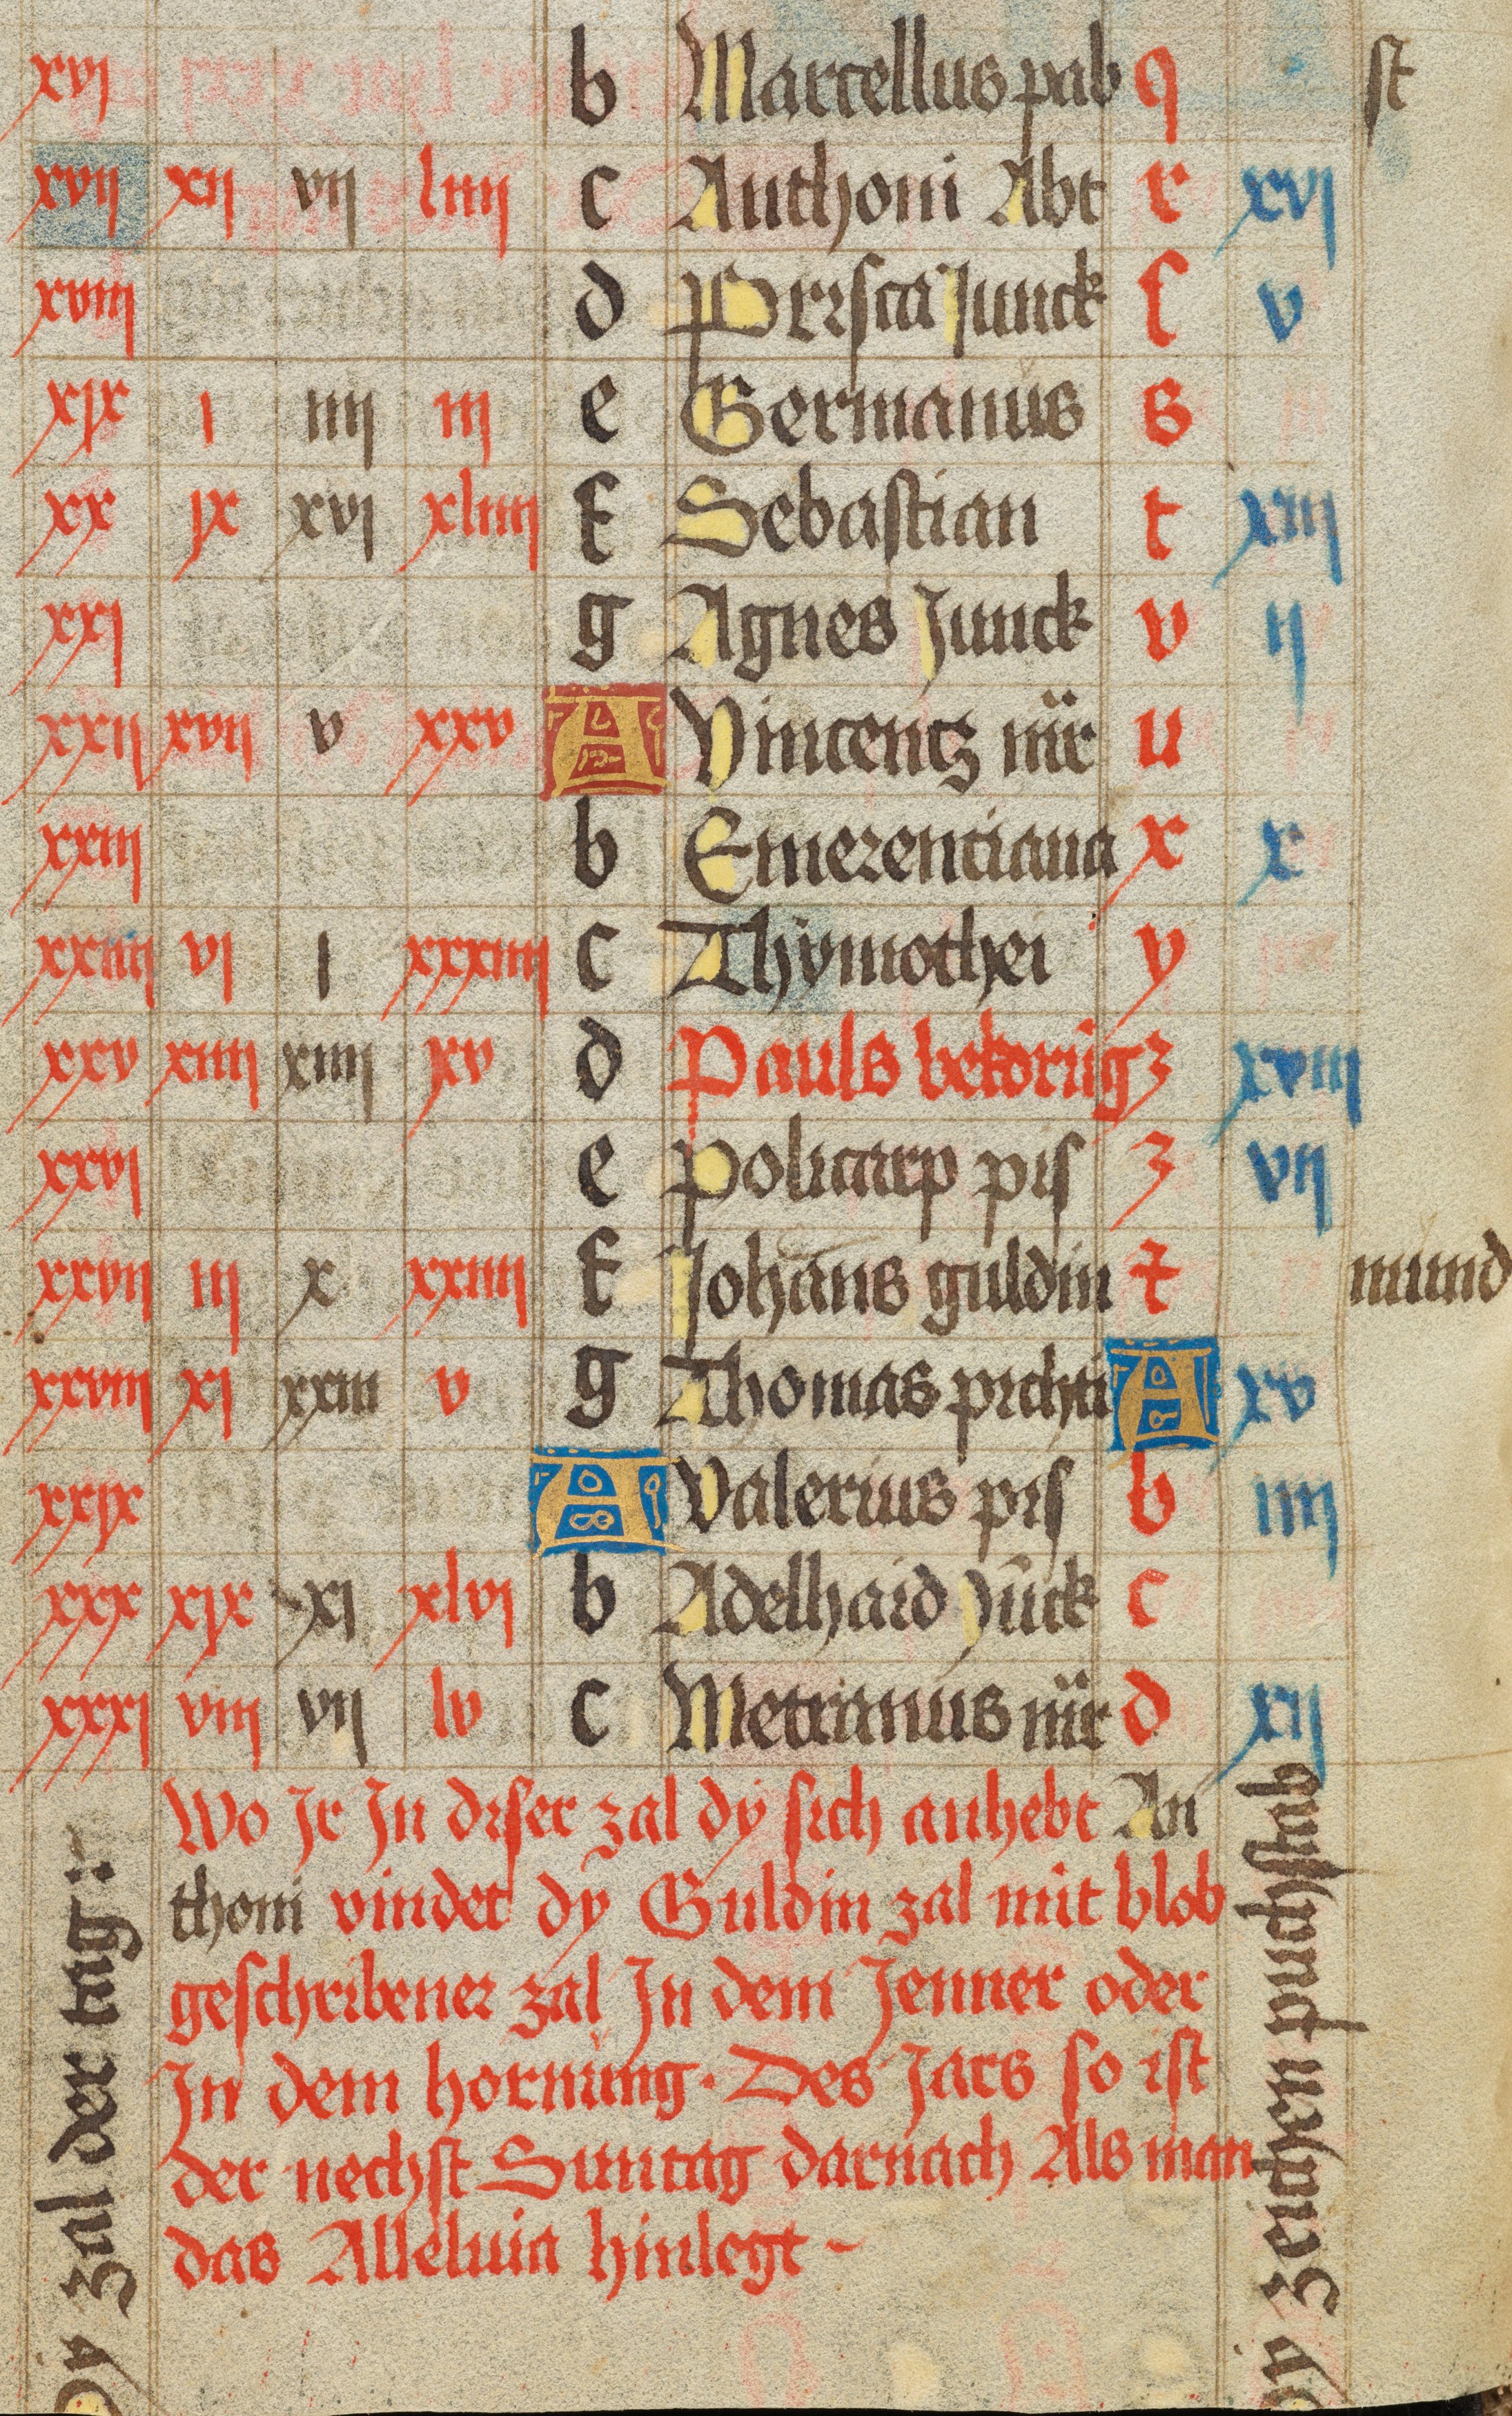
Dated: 1475–1499